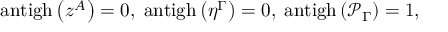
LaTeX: \mathrm { a n t i g h } \left( z ^ { A } \right) = 0 , \; \mathrm { a n t i g h } \left( \eta ^ { \Gamma } \right) = 0 , \; \mathrm { a n t i g h } \left( \mathcal { P } _ { \Gamma } \right) = 1 ,